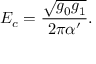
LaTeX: E _ { c } = \frac { \sqrt { g _ { 0 } g _ { 1 } } } { 2 \pi \alpha ^ { \prime } } .